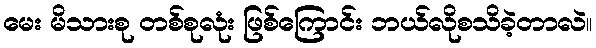
မေး မိသားစု တစ်စုလုံး ဖြစ်ကြောင်း ဘယ်လိုစသိခဲ့တာလဲ။